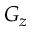
G _ { z }